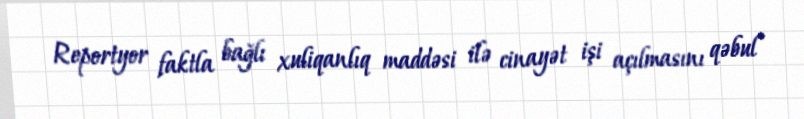
Reportyor faktla bağlı xuliqanlıq maddəsi ilə cinayət işi açılmasını qəbul